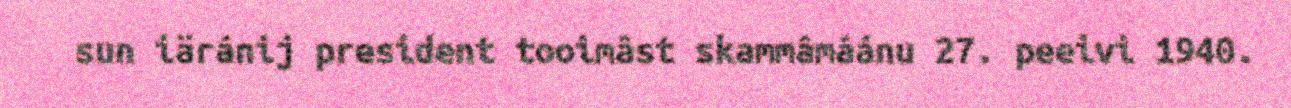
sun iäránij president tooimâst skammâmáánu 27. peeivi 1940.